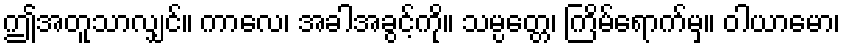
ဤအတူသာလျှင်။ ကာလေ၊ အခါအခွင့်ကို။ သမ္ပတ္တေ၊ ကြိမ်ရောက်မှ။ ဝါယာမော၊